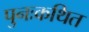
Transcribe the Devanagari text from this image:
पुनःकथित